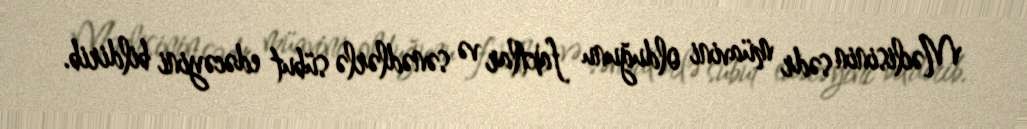
Məclisinin sədr müavini olduğunu faktlar və sənədlərlə sübut edəcəyini bildirib.